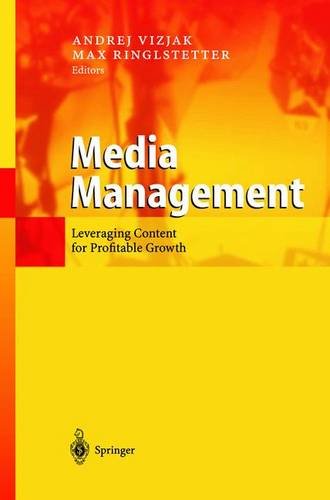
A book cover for Media Management; Business & Money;